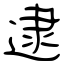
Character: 逮